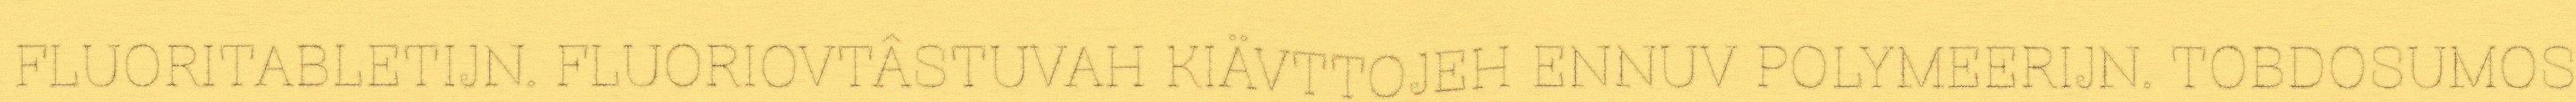
FLUORITABLETIJN. FLUORIOVTÂSTUVAH KIÄVTTOJEH ENNUV POLYMEERIJN. TOBDOSUMOS